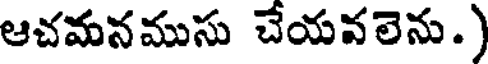
ఆచమనముసు చేయవలెను.)